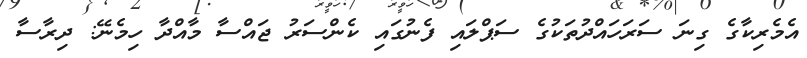
އެމެރިކާގެ ގިނަ ސަރަހައްދުތަކުގެ ސަޕްލައި ފެނުގައި ކެންސަރު ޖައްސާ މާއްދާ ހިމެނޭ: ދިރާސާ